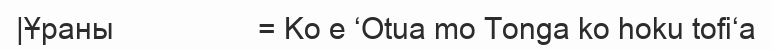
|Ұраны                  = Ko e ʻOtua mo Tonga ko hoku tofiʻa